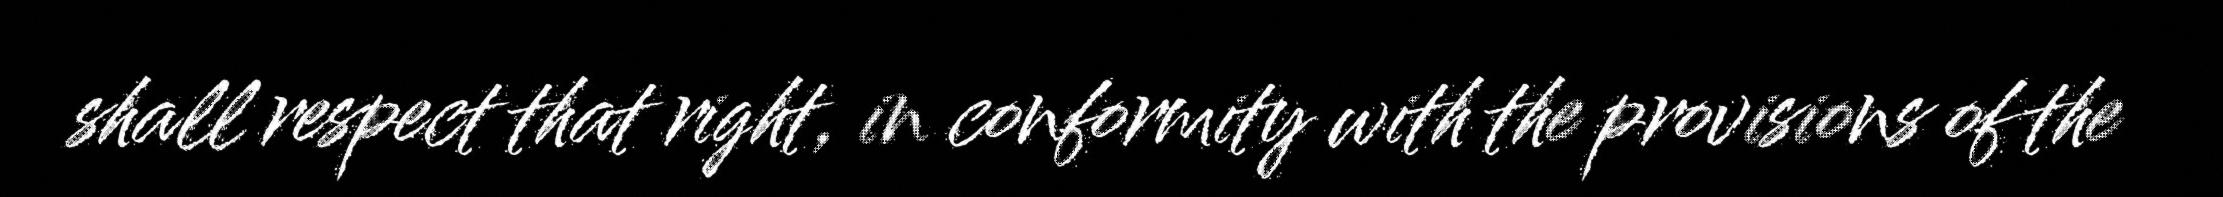
shall respect that right, in conformity with the provisions of the